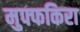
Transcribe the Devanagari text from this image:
मुफ्फकिरा